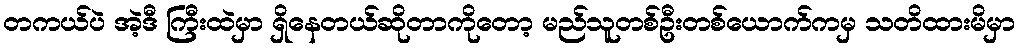
တကယ်ပဲ အဲ့ဒီ ကြီးထဲမှာ ရှိနေတယ်ဆိုတာကိုတော့ မည်သူတစ်ဦးတစ်ယောက်ကမှ သတိထားမိမှာ